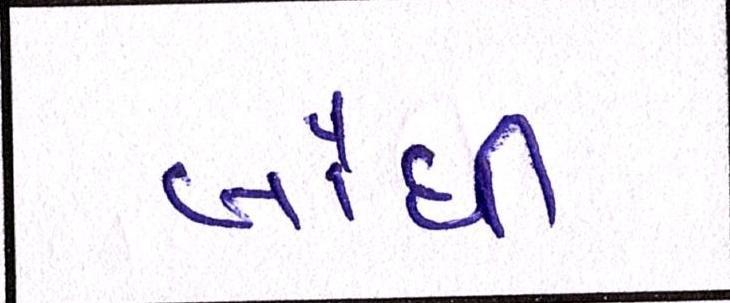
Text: બૌધી